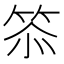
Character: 𮅌